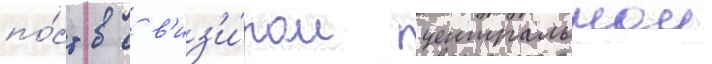
по́ст с в'из'и́ром центральнои